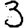
Digit: 3